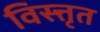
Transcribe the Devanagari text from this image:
विस्त्तृत